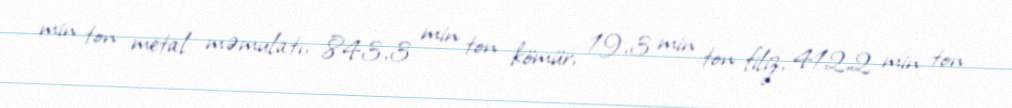
min ton metal məmulatı, 843,3 min ton kömür, 19,3 min ton filiz, 412,2 min ton